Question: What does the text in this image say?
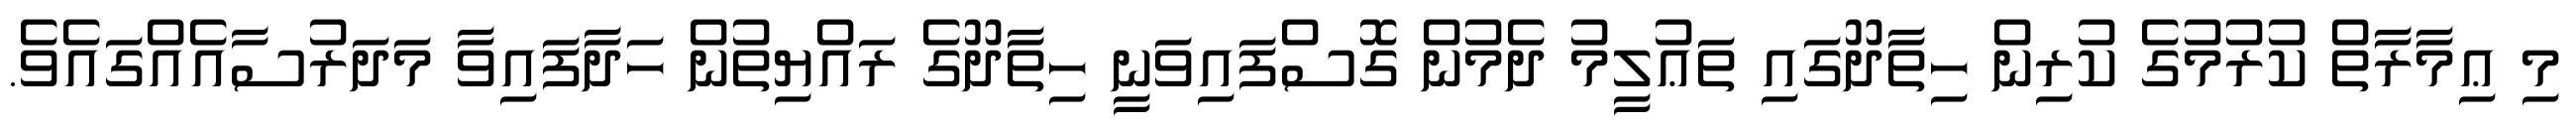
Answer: މި ޢިމާރާތް ކުރުމުގެ ކުރިން ހިތާދޫގައި ތަޢުލީމު ދެމުން ގޮސްފައިވަނީ ހިތާދޫގެ ރައްޔިތުން ހަދާފައިވާ މަދަރުސާއެއްގައެވެ.